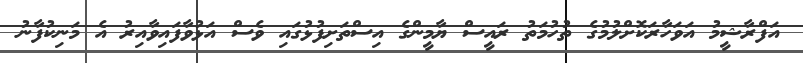
އަފްރާޝީމު އަވަހާރަކޮށްލުމުގެ ތުހުމަތު ރައީސް ޔާމީންގެ އިސްތަށިފުޅުގައި ވެސް އަޅުވާފައިވާއިރު އެ މަނިކުފާނު